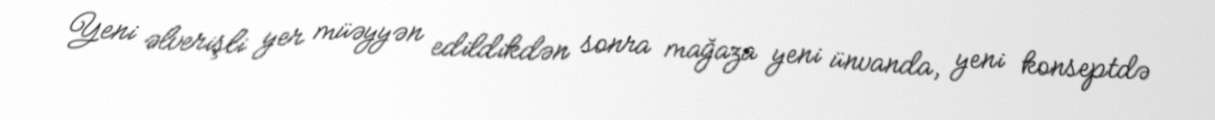
Yeni əlverişli yer müəyyən edildikdən sonra mağaza yeni ünvanda, yeni konseptdə